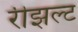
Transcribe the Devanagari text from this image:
रीझल्ट